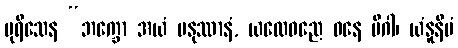
ပုရိသေန “ဘက္ခော အယံ မနုဿာနံ, ယထေဝညေ ဝနေ မိဂါ၊ ယံနူနိမံ